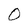
Character: O